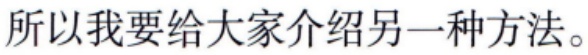
所以我要给大家介绍另一种方法。